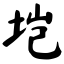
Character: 垲